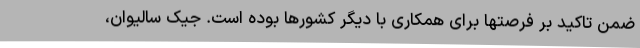
ضمن تاکید بر فرصتها برای همکاری با دیگر کشورها بوده است. جیک سالیوان،